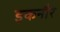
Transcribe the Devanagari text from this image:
इकनौर